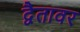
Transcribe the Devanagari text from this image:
द्वैतावर